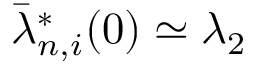
\bar { \lambda } _ { n , i } ^ { * } ( 0 ) \simeq \lambda _ { 2 }